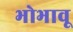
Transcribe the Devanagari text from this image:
भोभावू